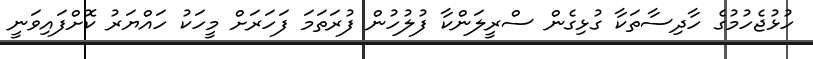
ހުޅުޖެހުމުގެ ހާދިސާތަކާ ގުޅިގެން ސްރީލަންކާ ފުލުހުން ފުރަތަމަ ފަހަރަށް މީހަކު ހައްޔަރު ކޮށްފައިވަނީ